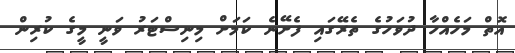
އޮތް މަހެއްހާ ދުވަހުގެ ތެރޭގައި ފެށޭނެ ކަމަށް މިނިސްޓަރު ވަނީ މީގެ ކުރިން